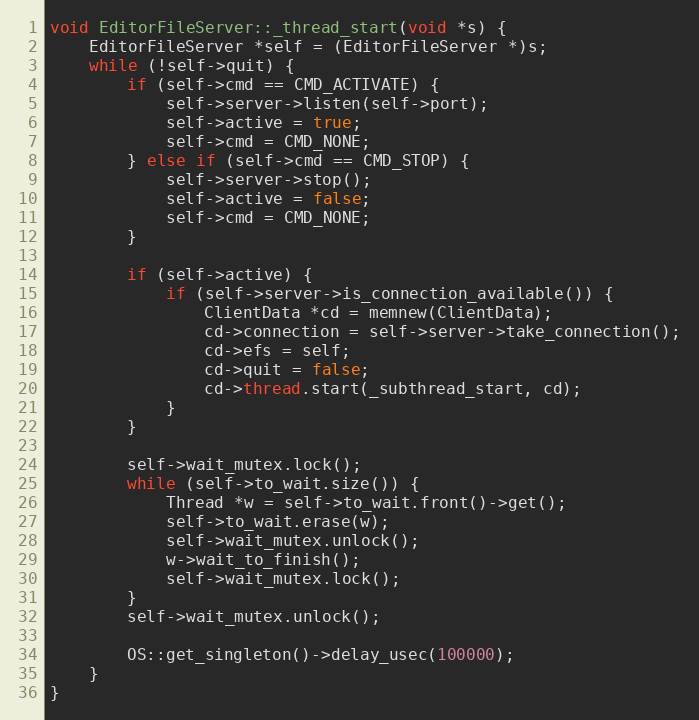
Language: C++
void EditorFileServer::_thread_start(void *s) {
	EditorFileServer *self = (EditorFileServer *)s;
	while (!self->quit) {
		if (self->cmd == CMD_ACTIVATE) {
			self->server->listen(self->port);
			self->active = true;
			self->cmd = CMD_NONE;
		} else if (self->cmd == CMD_STOP) {
			self->server->stop();
			self->active = false;
			self->cmd = CMD_NONE;
		}

		if (self->active) {
			if (self->server->is_connection_available()) {
				ClientData *cd = memnew(ClientData);
				cd->connection = self->server->take_connection();
				cd->efs = self;
				cd->quit = false;
				cd->thread.start(_subthread_start, cd);
			}
		}

		self->wait_mutex.lock();
		while (self->to_wait.size()) {
			Thread *w = self->to_wait.front()->get();
			self->to_wait.erase(w);
			self->wait_mutex.unlock();
			w->wait_to_finish();
			self->wait_mutex.lock();
		}
		self->wait_mutex.unlock();

		OS::get_singleton()->delay_usec(100000);
	}
}